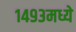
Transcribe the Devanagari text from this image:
१४९३मध्ये